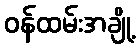
ဝန်ထမ်းအချို့